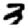
Digit: 3